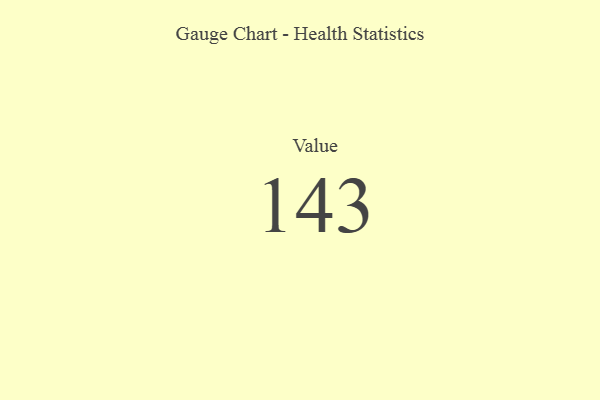
{"axis": {"x": "Metric", "y": "Value"}, "legend": [""], "data": [{"x": "Value", "y": 143, "type": ""}]}